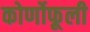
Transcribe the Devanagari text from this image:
कोर्णोफूली